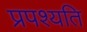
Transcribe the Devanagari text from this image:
प्रपश्यति